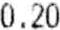
0.20